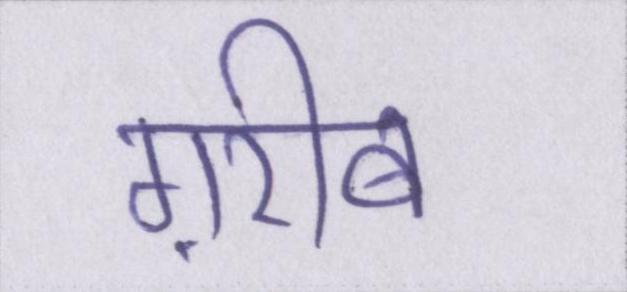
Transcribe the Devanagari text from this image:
ग़रीब